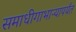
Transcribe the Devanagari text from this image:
समाधीगाभाऱ्यापर्यंत